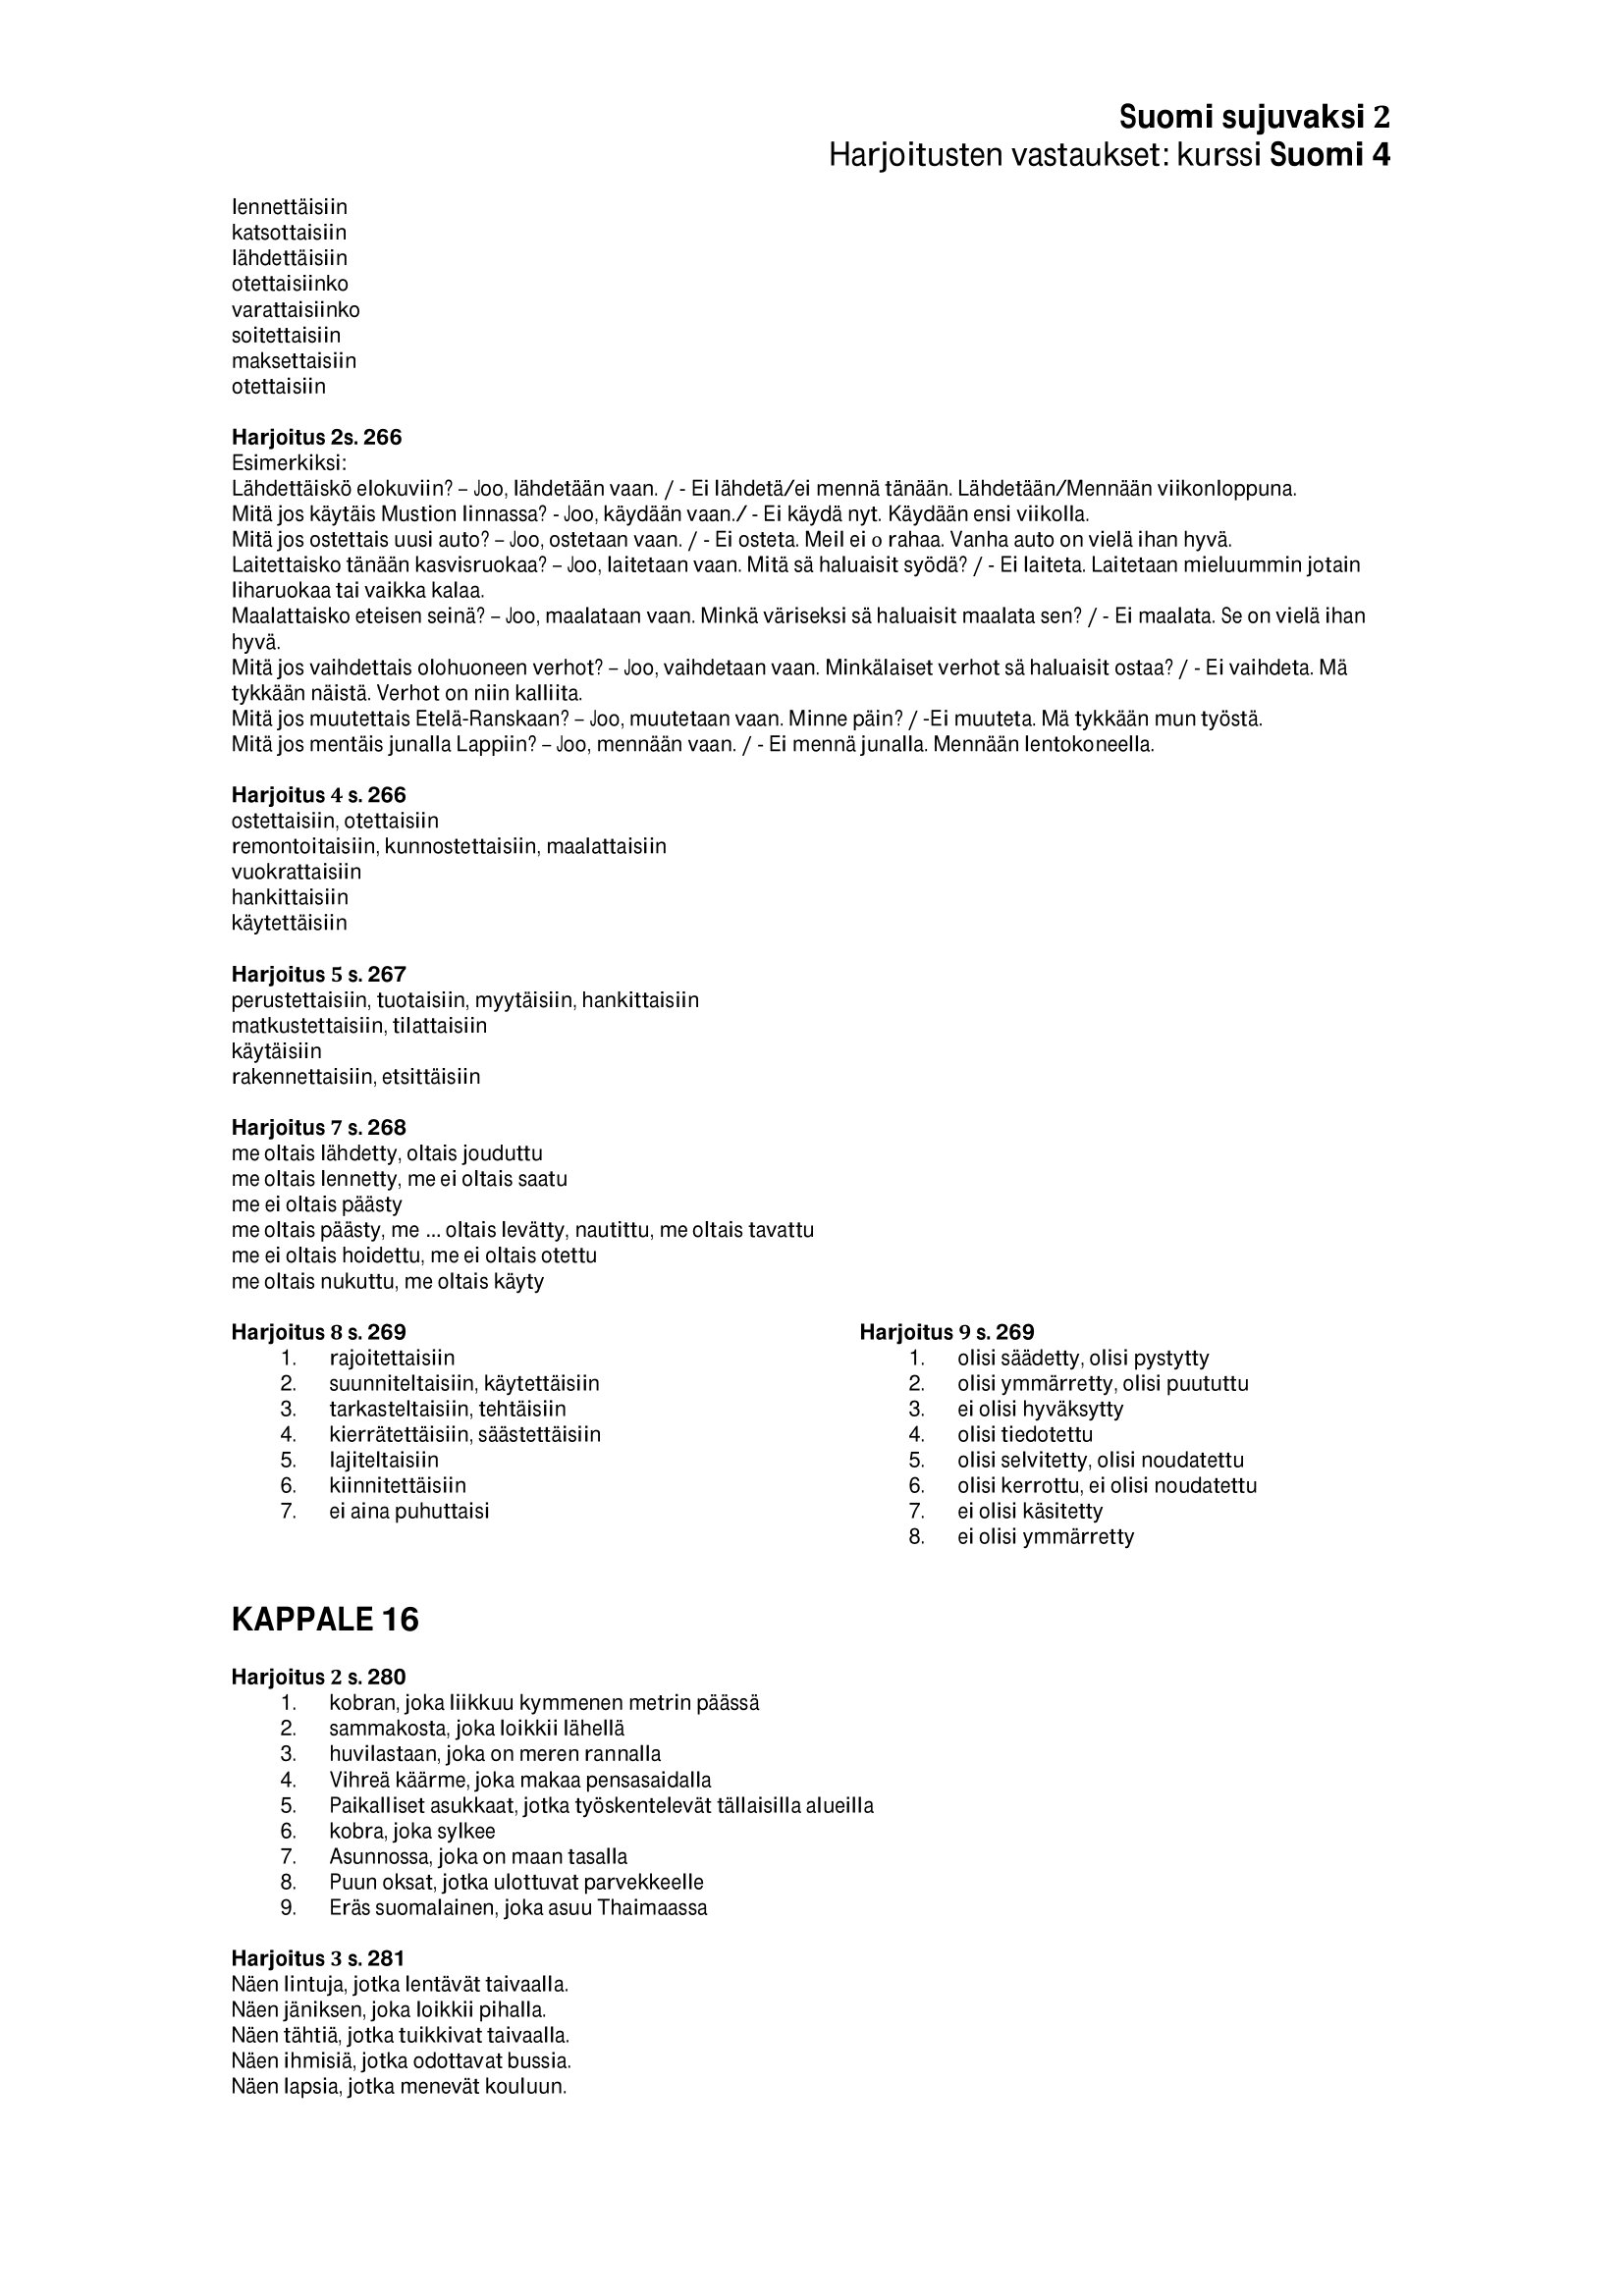
Language: fn